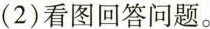
(2)看图回答问题。